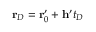
\mathbf { r } _ { D } = \mathbf { r } _ { 0 } ^ { \prime } + \mathbf { h } ^ { \prime } t _ { D }